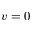
v = 0